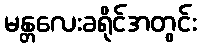
မန္တလေးခရိုင်အတွင်း